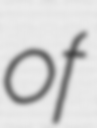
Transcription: of